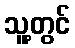
သူ့တွင်